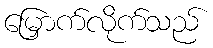
မြှောက်လိုက်သည်